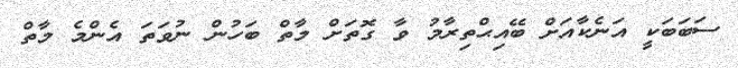
ސަބަބަކީ އަނެކާއަށް ބޭއިޙްތިރާމު ވާ ގޮތަށް މާތް ބަހުން ނުވަތަ އެންމެ މާތް